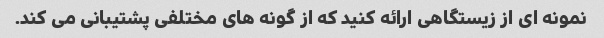
نمونه ای از زیستگاهی ارائه کنید که از گونه های مختلفی پشتیبانی می کند.